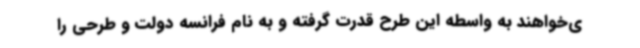
ی‌خواهند به واسطه این طرح قدرت گرفته و به نام فرانسه دولت و طرحی را